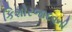
કિશોરજાદવની